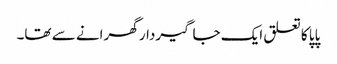
پاپا کا تعلق ایک جاگیردار گھرانے سے تھا۔